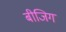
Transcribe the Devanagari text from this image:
बीजिग